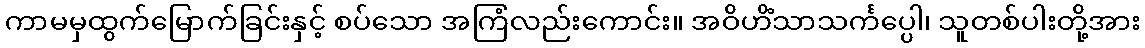
ကာမမှထွက်မြောက်ခြင်းနှင့် စပ်သော အကြံလည်းကောင်း။ အဝိဟိံသာသင်္ကပ္ပေါ၊ သူတစ်ပါးတို့အား